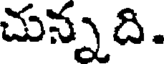
చున్నది.